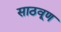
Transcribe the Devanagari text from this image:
साठवूण